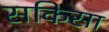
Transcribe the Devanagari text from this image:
सकिसा